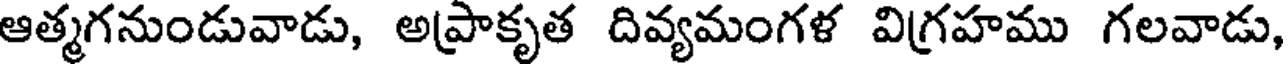
ఆత్మగనుండువాడు, అప్రాకృత దివ్యమంగళ విగ్రహము గలవాడు,